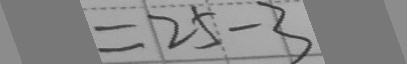
= 2 5 - 3